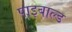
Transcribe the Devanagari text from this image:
पाइबाल्ड